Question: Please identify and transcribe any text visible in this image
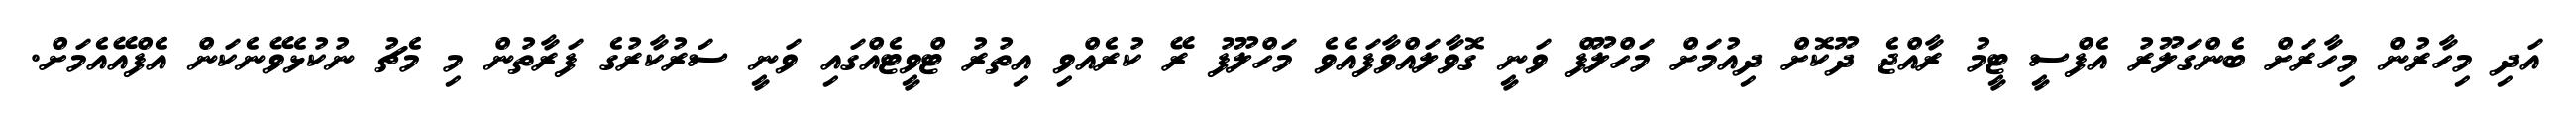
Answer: އަދި މިހާރުން މިހާރަށް ބެންގަލޫރު އެފްސީ ޓީމު ރާއްޖެ ދޫކޮށް ދިއުމަށް މަހްލޫފް ވަނީ ގޮވާލައްވާފައެވެ މަހްލޫފު ރޭ ކުރެއްވި އިތުރު ޓްވީޓެއްގައި ވަނީ ސަރުކާރުގެ ފަރާތުން މި މެޗު ނުކުޅެވޭނެކަން އެފްއޭއެމަށް.